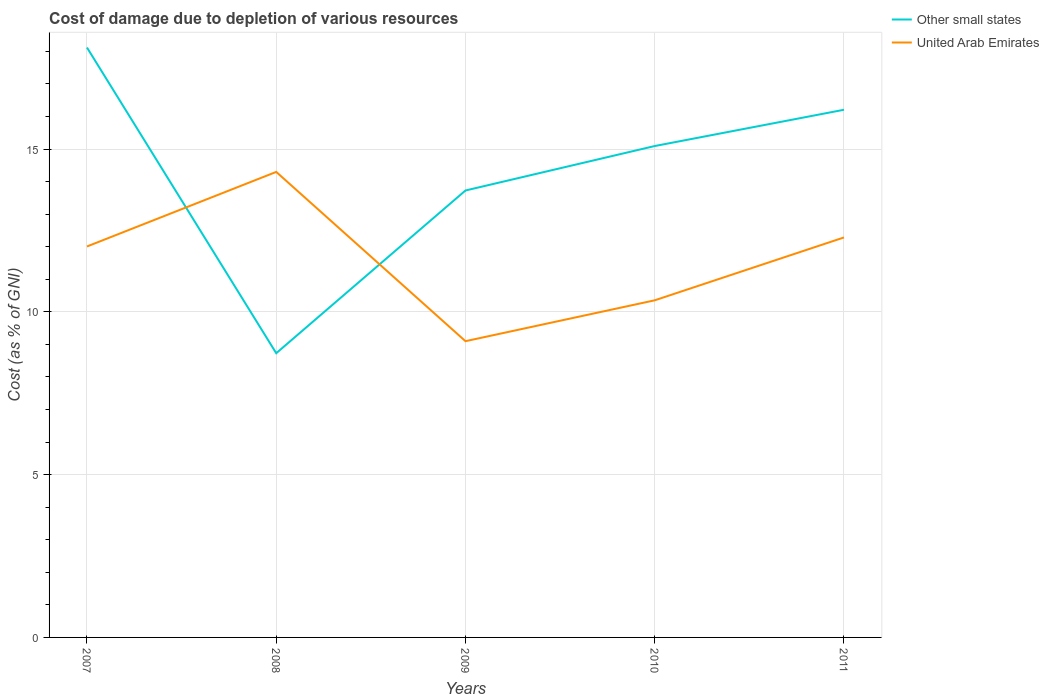
| Years | Other small states | United Arab Emirates |
 | --- | --- | --- |
 | 2007 | 18.1 | 12 |
 | 2008 | 8.73 | 14.3 |
 | 2009 | 13.7 | 9.1 |
 | 2010 | 15.1 | 10.4 |
 | 2011 | 16.2 | 12.3 |